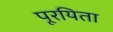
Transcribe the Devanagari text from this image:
पूरयिता